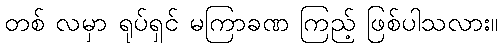
တစ် လမှာ ရုပ်ရှင် မကြာခဏ ကြည့် ဖြစ်ပါသလား။